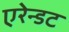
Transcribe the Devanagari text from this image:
एरेन्डट